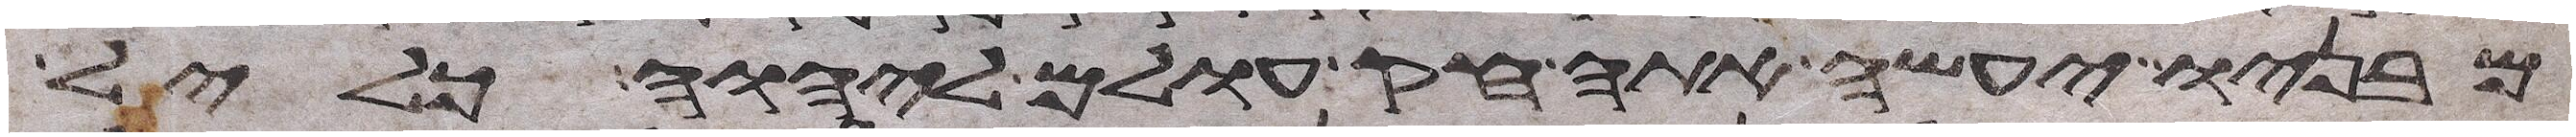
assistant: מבניו יעשה אתה חק עולם ליהוה כליל